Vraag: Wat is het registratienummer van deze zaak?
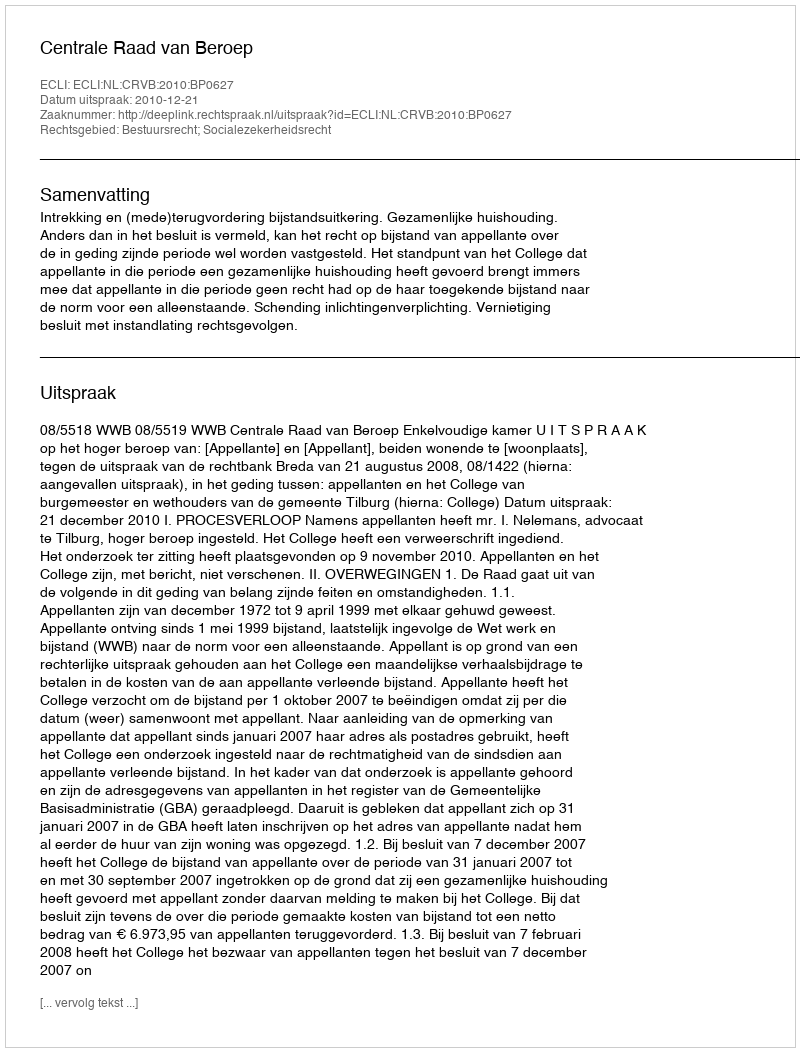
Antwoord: http://deeplink.rechtspraak.nl/uitspraak?id=ECLI:NL:CRVB:2010:BP0627